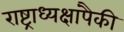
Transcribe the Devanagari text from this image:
राष्ट्राध्यक्षांपैकी